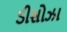
ડીસોઝા